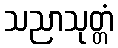
သညာသုတ္တံ